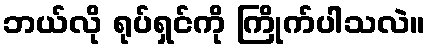
ဘယ်လို ရုပ်ရှင်ကို ကြိုက်ပါသလဲ။